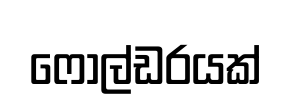
ෆෝල්ඩරයක්